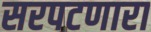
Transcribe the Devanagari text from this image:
सरपटणारा